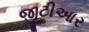
જીટીઆર